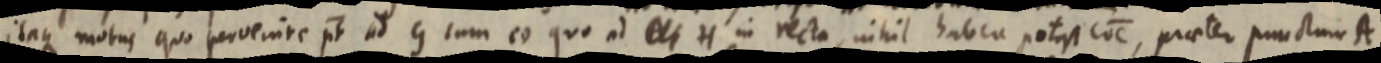
itaque motus quo pervernire pt ad G cum eo quo ad _ H in recta, nihil habea potest COC, praeter punctum A